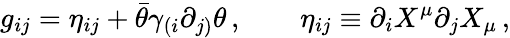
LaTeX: g_{ij}=\eta_{ij}+\bar{\theta}\gamma_{(i}\partial_{j)}\theta\, ,\qquad\eta_{ij}\equiv\partial_{i}X^{\mu}\partial_{j}X_{\mu}\, ,